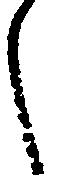
し